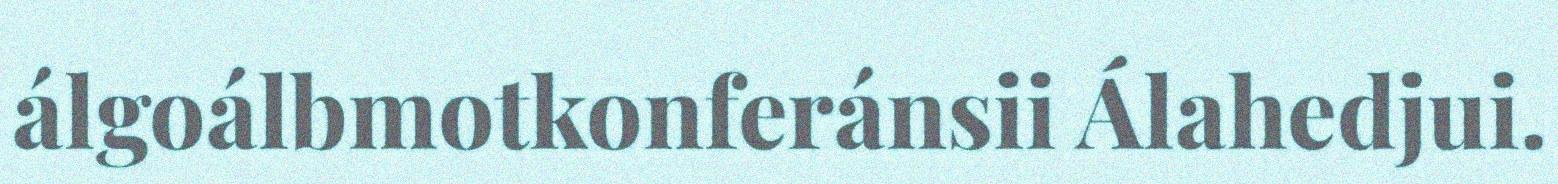
álgoálbmotkonferánsii Álahedjui.